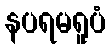
နပရမရူပံ